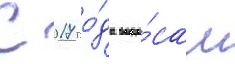
С 2017 го́да вопро́сам